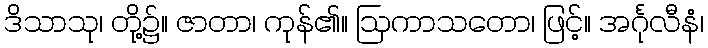
ဒိသာသု၊ တို့၌။ ဇာတာ၊ ကုန်၏။ ဩကာသတော၊ ဖြင့်။ အင်္ဂုလီနံ၊